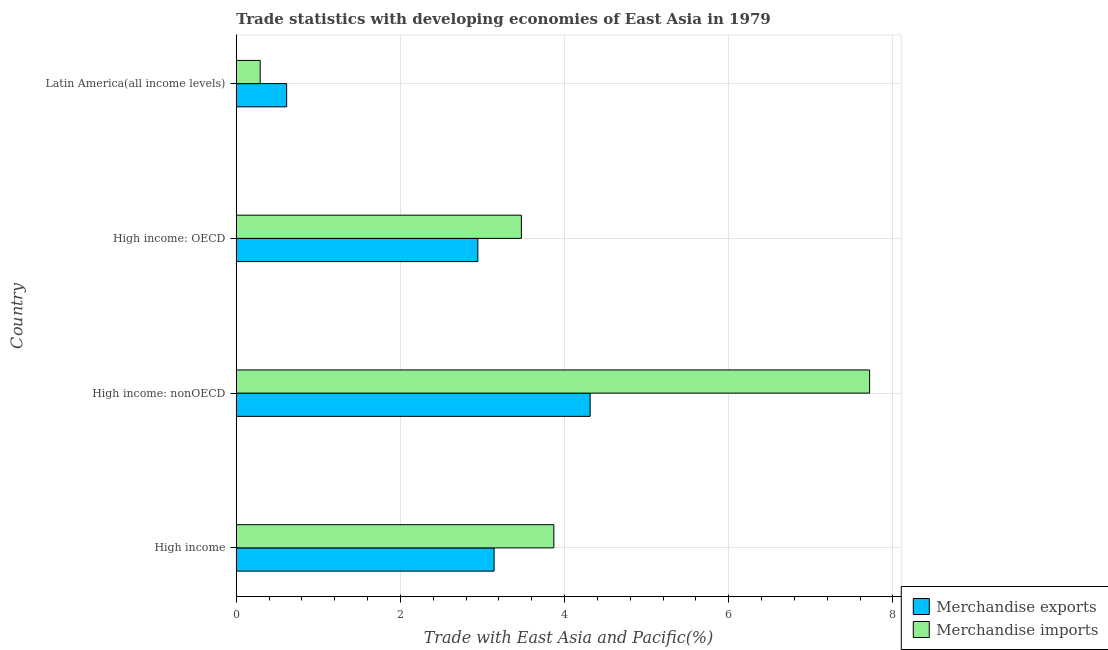
| Country | Merchandise exports | Merchandise imports |
 | --- | --- | --- |
 | High income | 3.14 | 3.87 |
 | High income: nonOECD | 4.31 | 7.72 |
 | High income: OECD | 2.94 | 3.47 |
 | Latin America(all income levels) | 0.614 | 0.291 |